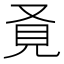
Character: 𧠈